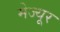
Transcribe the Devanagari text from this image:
मेज्यूर